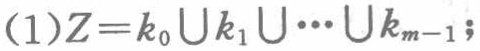
(1)$Z = k_0\cup k_1\cup\cdots\cup k_{m - 1}$;